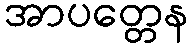
အာပတ္တေန